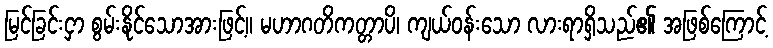
မြင်ခြင်းငှာ စွမ်းနိုင်သောအားဖြင့်။ မဟာဂတိကတ္တာပိ၊ ကျယ်ဝန်းသော လားရာရှိသည်၏ အဖြစ်ကြောင့်